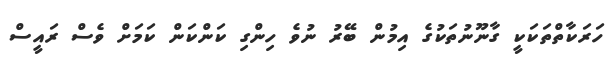
ހަރަކާތްތަކަކީ ގާނޫނުތަކުގެ އިމުން ބޭރު ނުވެ ހިންގި ކަންކަން ކަމަށް ވެސް ރައީސް